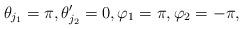
LaTeX: \begin{gather*} \theta_{j_1} = \pi , \theta_{j_2}' = 0 , \varphi_1 = \pi, \varphi_2 = -\pi,\end{gather*}